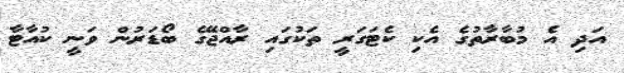
އަދި އެ މުބާރާތުގެ އެކި ކެޓަގަރީ ތަކުގައި ރާއްޖޭގެ ބޯޑަރުން ވަނީ ކުއާޓާ